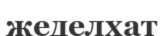
жеделхат